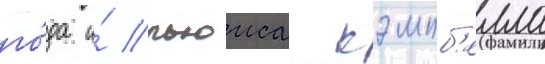
го́да и́ льюиса кэмпб'елла